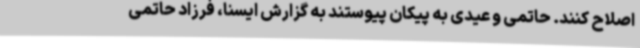
اصلاح کنند. حاتمی و عیدی به پیکان پیوستند به گزارش ایسنا، فرزاد حاتمی